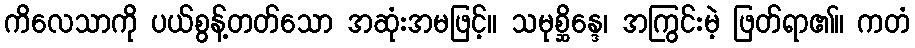
ကိလေသာကို ပယ်စွန့်တတ်သော အဆုံးအမဖြင့်။ သမုစ္ဆိန္ဒေ၊ အကြွင်းမဲ့ ဖြတ်ရာ၏။ ကတံ